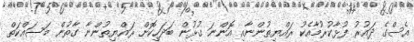
އެސްގެ ދައުރު ފުޅާކުރުމާއެކު ރައްޔިތުންނާއި އޮންނަ ގުޅުން ބަދަހިކޮށް ރައްޔިތުންނާ ގާތުން މަސައްކަތް